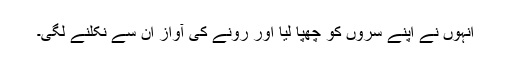
انہوں نے اپنے سروں کو چھپا لیا اور رونے کی آواز ان سے نکلنے لگی۔